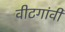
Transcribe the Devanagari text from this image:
वीटगांवी